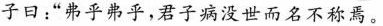
子曰：”弗乎弗乎，君子病没世而名不称焉。